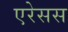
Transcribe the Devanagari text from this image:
एरेसस